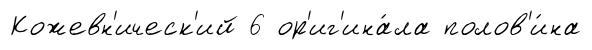
Кожевн'ическ'ий 6 ор'иг'ина́ла полов'и́на